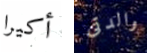
أكيرا والدتى